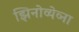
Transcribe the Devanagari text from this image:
झिनोव्येव्ना